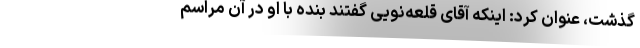
گذشت، عنوان کرد: اینکه آقای قلعه‌نویی گفتند بنده با او در آن مراسم